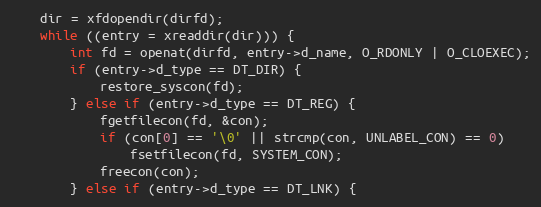
Language: C++
    dir = xfdopendir(dirfd);
    while ((entry = xreaddir(dir))) {
        int fd = openat(dirfd, entry->d_name, O_RDONLY | O_CLOEXEC);
        if (entry->d_type == DT_DIR) {
            restore_syscon(fd);
        } else if (entry->d_type == DT_REG) {
            fgetfilecon(fd, &con);
            if (con[0] == '\0' || strcmp(con, UNLABEL_CON) == 0)
                fsetfilecon(fd, SYSTEM_CON);
            freecon(con);
        } else if (entry->d_type == DT_LNK) {